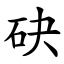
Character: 砄